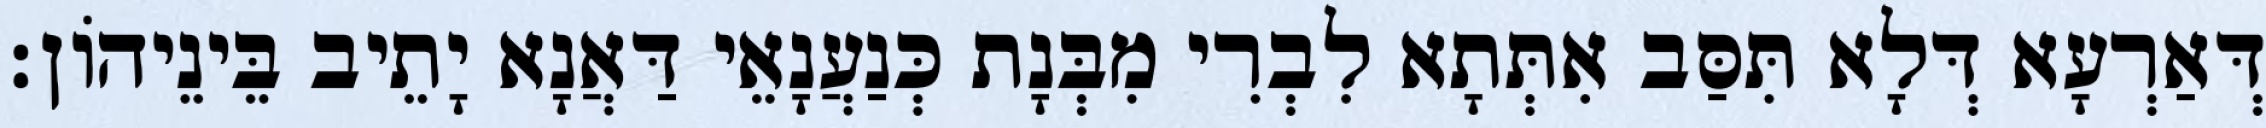
דְּאַרְעָא דְּלָא תִּסַּב אִתְּתָא לִבְרִי מִבְּנָת כְּנַעֲנָאֵי דַּאֲנָא יָתֵיב בֵּינֵיהוֹן׃